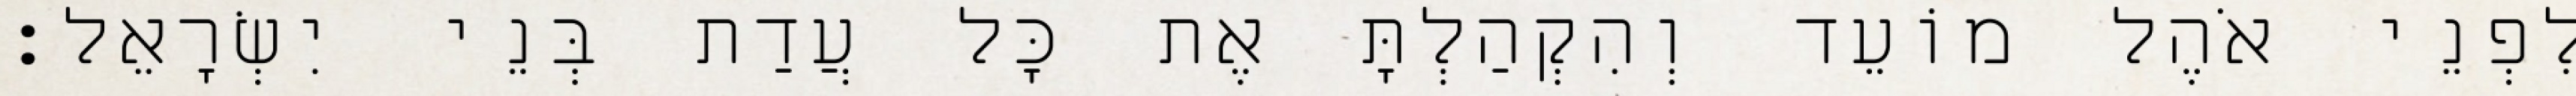
לִפְנֵי אֹהֶל מוֹעֵד וְהִקְהַלְתָּ אֶת כָּל עֲדַת בְּנֵי יִשְׂרָאֵל׃